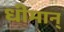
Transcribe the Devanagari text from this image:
धीमान्‌